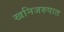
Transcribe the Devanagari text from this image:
खनिजरुपात